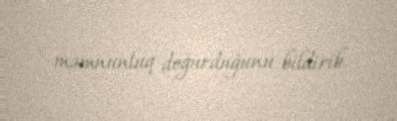
məmnunluq doğurduğunu bildirib.